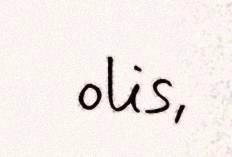
olis,